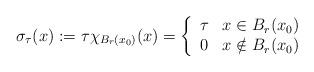
LaTeX: \begin{align*}\sigma_\tau(x):=\tau \chi_{B_r(x_0)}(x)=\left\{\begin{array}{lr}\tau & x\in B_r(x_0)\\0 & x\notin B_r(x_0)\end{array}\right.\end{align*}